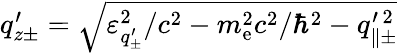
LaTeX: \begin{array}{r}{q_{z\pm}^{\prime}=\sqrt{\varepsilon_{q_{\pm}^{\prime}}^{2}/c^{2}-m_{\mathrm{e}}^{2}c^{2}/\hbar^{2}-q_{\parallel\pm}^{\prime\, 2}}}\end{array}